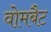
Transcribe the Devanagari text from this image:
वोमबैट